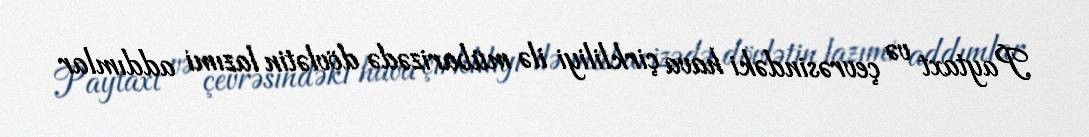
Paytaxt və çevrəsindəki hava çirkliliyi ilə mübarizədə dövlətin lazımi addımlar